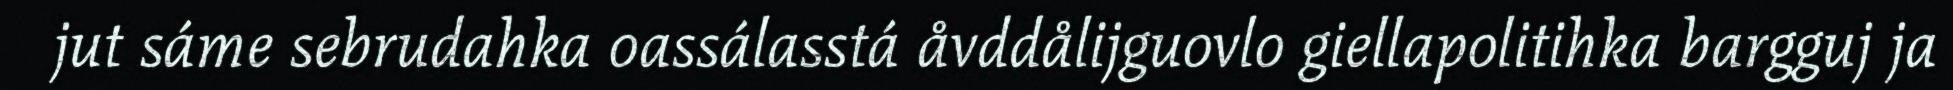
jut sáme sebrudahka oassálasstá åvddålijguovlo giellapolitihka bargguj ja